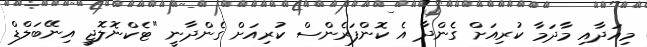
މިއަދާއި މާދަމާ ކުރިއަށް ގެންދާ އެ ކޮންފަރެންސް ކުރިއަށް ގެންދާނީ "ޓެކްނޮލޮޖީ އިނޭބަލްޑް